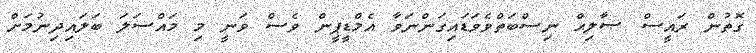
ގޮތުން ރައީސް ޞާލިޙް ނިސްބަތްވެވަޑައިގަންނަވާ އެމްޑީޕީން ވެސް ވަނީ މި މައްސަލަ ބަލައިދިނުމަށް